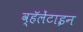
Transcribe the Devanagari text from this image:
व्हॅलेंटाइन